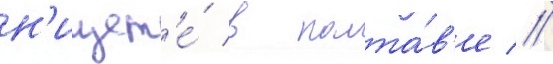
н'ищет'е́ в полта́в'е //